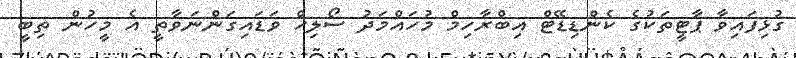
ގުޅިފައިވާ ޕާޓީތަކުގެ ކެންޑިޑޭޓް އިބްރާހިމް މުހައްމަދު ސޯލިހް ވަޑައިގަންނަވާތީ އެ މީހުން ތިބީ